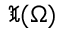
\mathfrak { X } ( \Omega )